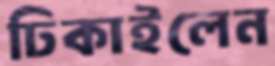
ঢিকাইলেন